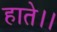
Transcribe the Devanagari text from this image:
हाते।।